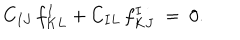
LaTeX: C _ { I J } \, f _ { K L } ^ { I } + C _ { I L } \, f _ { K J } ^ { I } \ = \ 0 .